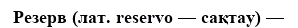
Резерв (лат. reservo — сақтау) —